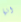
انها